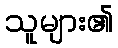
သူများ၏